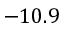
- 1 0 . 9